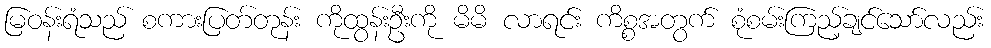
မြဝန်းရံသည် စကားပြတ်တုန်း ကိုထွန်းဦးကို မိမိ လာရင်း ကိစ္စအတွက် စုံစမ်းကြည့်ချင်သော်လည်း